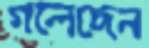
গলেছেন